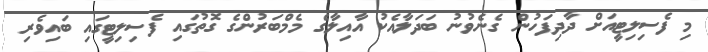
މި ފެސިލިޓީއަށް ދާދިފަހުން ގެނެވުނު ބަދަލާއެކު އާއިލާގެ މެމްބަރުންގެ ގޮތުގައި ފެސިލިޓީގައި ބައިވެރި